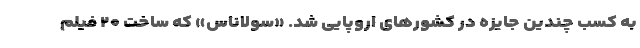
به کسب چندین جایزه در کشورهای اروپایی شد. «سولاناس» که ساخت ۲۰ فیلم